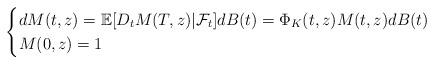
LaTeX: \begin{align*}\begin{cases}dM(t,z) = \mathbb{E}[D_t M(T,z) | \mathcal{F}_t]dB(t)= \Phi_K(t,z)M(t,z) dB(t)\\M(0,z)=1\end{cases}\end{align*}